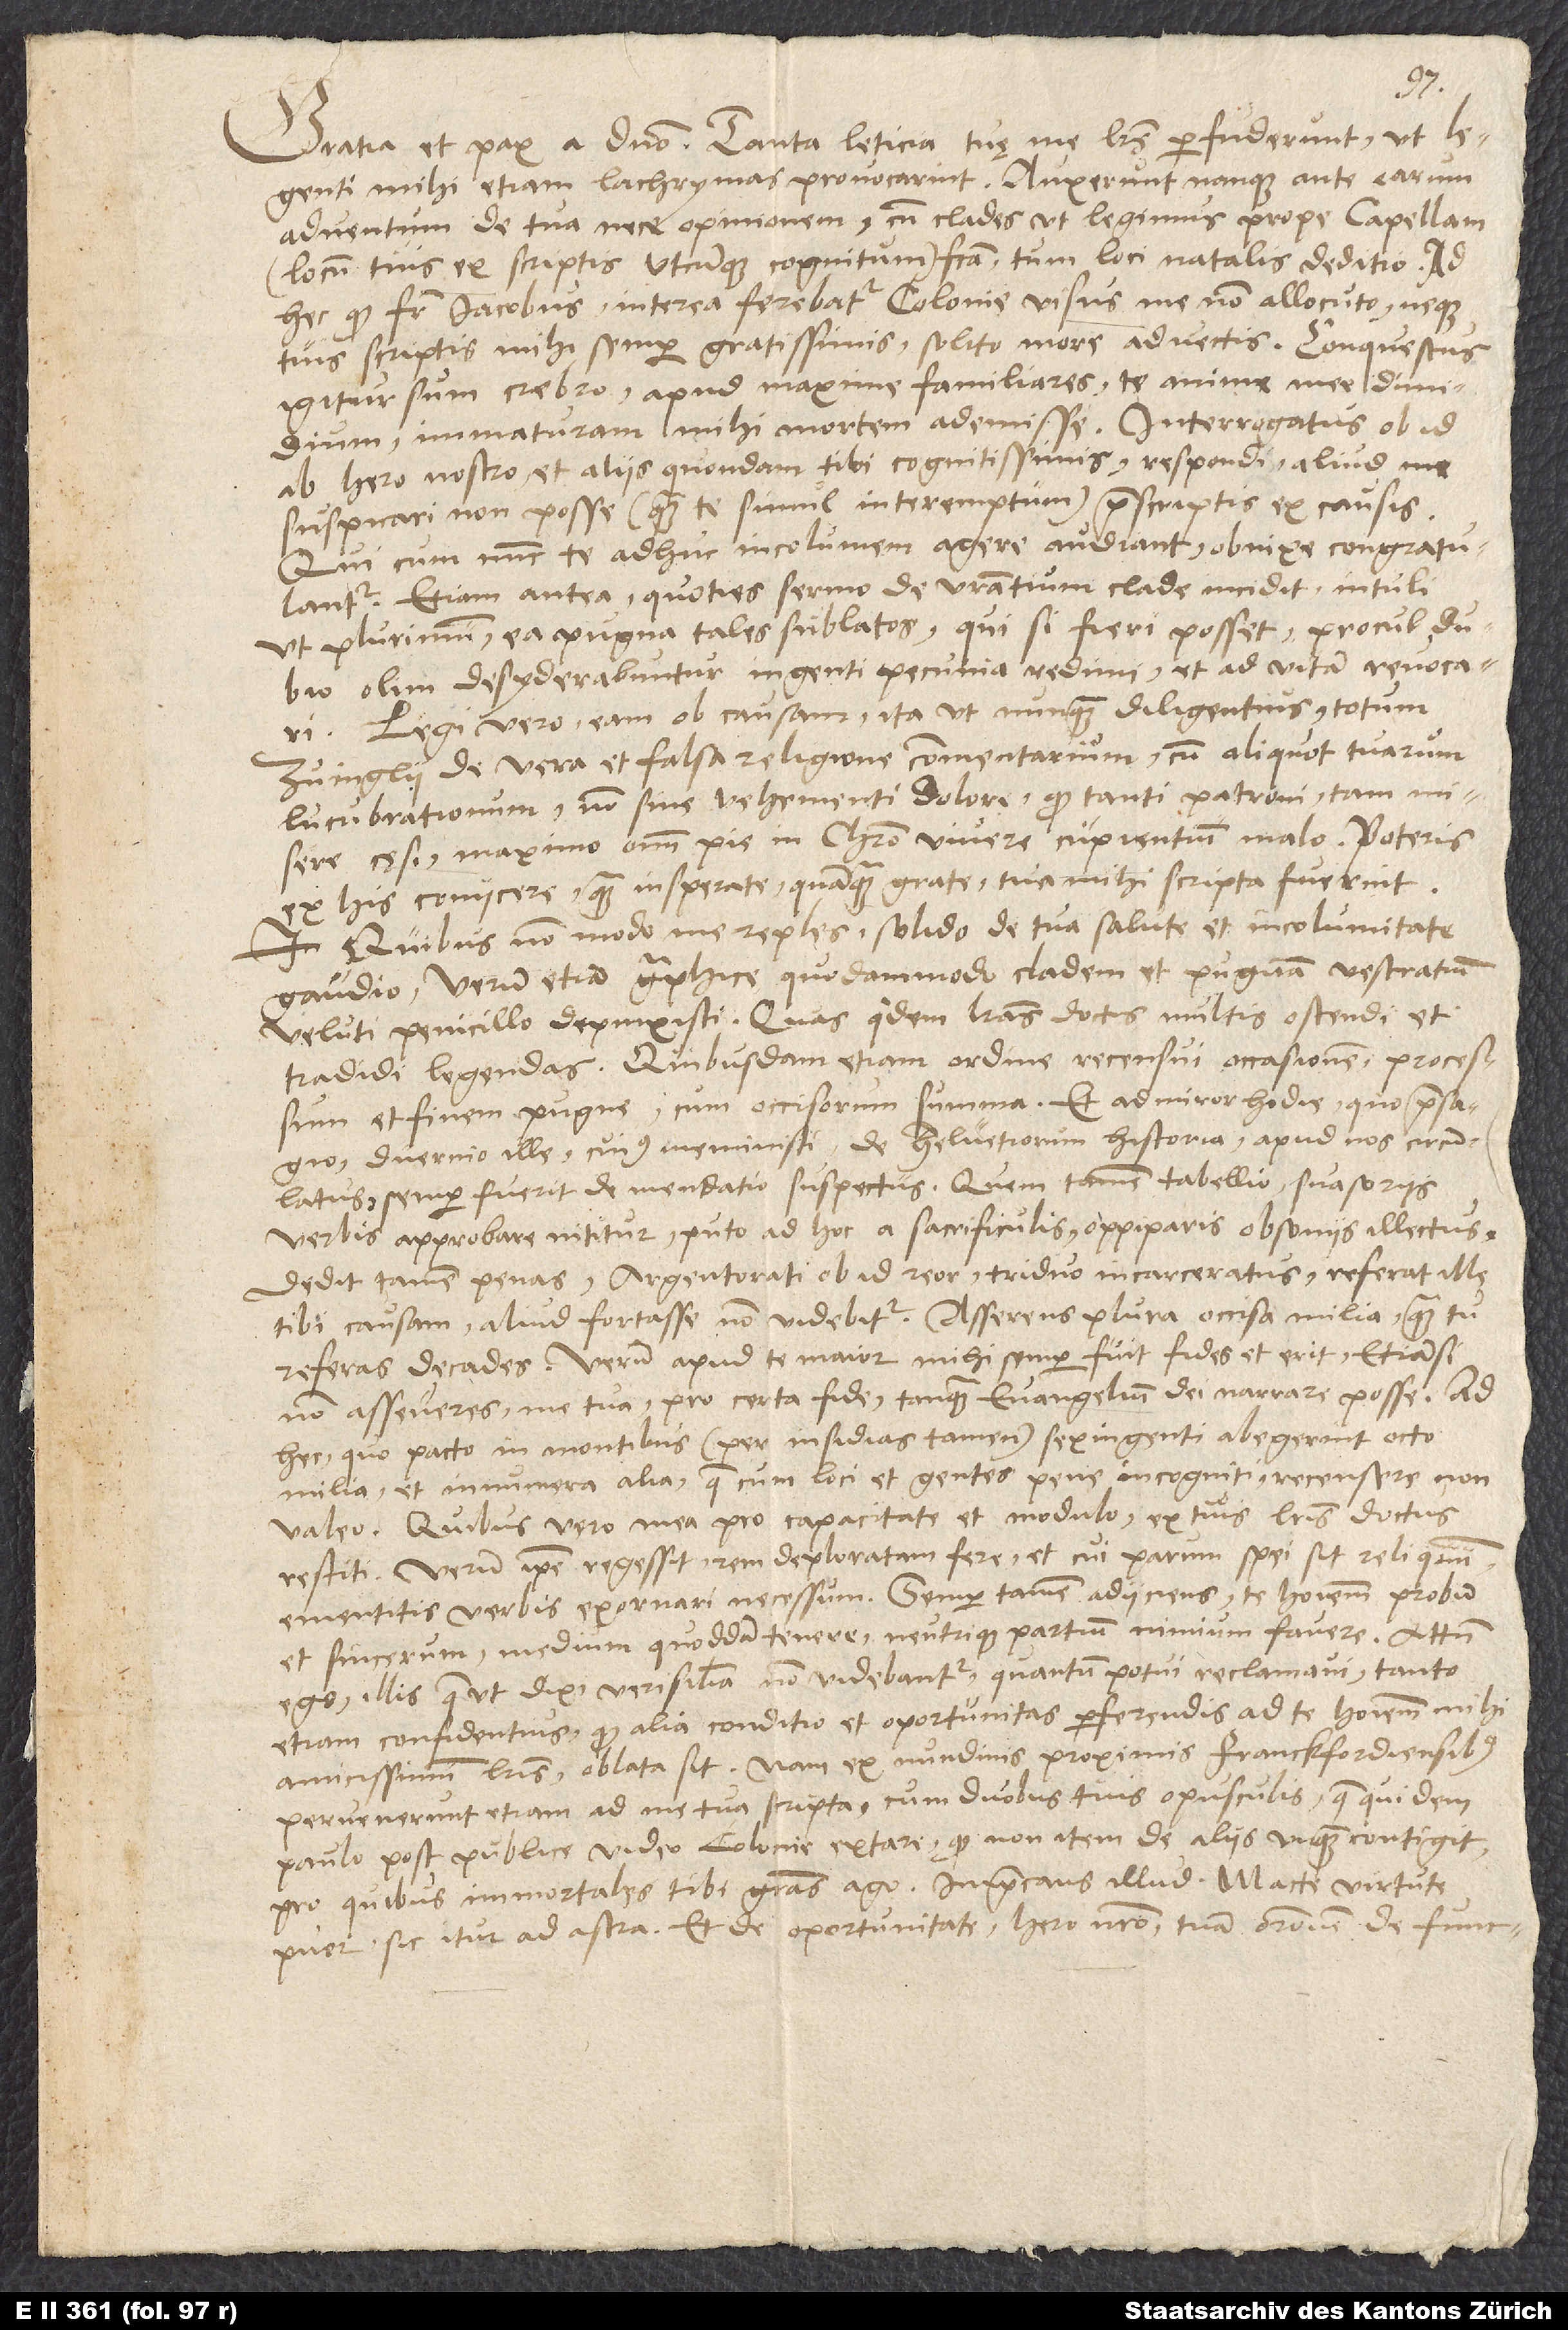
S.
Gratia et pax a domino. Tanta leticia tuę me litterae perfuderunt, ut legenti
mihi etiam lachrymas provocarint. Auxerunt namque ante earum
adventum de tua nece opinionem cum clades, ut legimus, prope Capellam
(locum tuis ex scriptis utcunque cognitum) facta tum loci natalis deditio, ad
hec, quod frater Iacobus interea ferebatur Colonie visus me non allocuto neque
tuis scriptis mihi semper gratissimis solito more advectis. Conquestus
igitur sum crebro apud maxime familiares te anime mee dimidium
immaturam mihi mortem ademisse. Interrogatus ob id
ab hero nostro et aliis quondam tibi cognitissimis respondi aliud me
suspicari non posse, quam te simul interemptum, praescriptis ex causis.
Qui cum nunc te adhuc incolumem agere audiant, obnixe congratulantur.
Etiam antea, quoties sermo de vestratium clade incidit, intuli
ut plurimum ea pugna tales sublatos, qui, si fieri posset, procul dubio
olim desyderabuntur ingenti pecunia redimi et ad vitam revocari.
Legi vero eam ob causam ita ut nunquam diligentius totum
Zuinglii de vera et falsa religione commentarium cum aliquot tuarum
lucubrationum, non sine vehementi dolore, quod tanti patroni tam misere
cęsi maximo omnium pie in Christo vivere cupientium malo. Poteris
ex his coniicere, quam insperate, quamquam grate, tua mihi scripta fuerint.
Quibus non modo me reples solido de tua salute et incolumitate
gaudio, verum etiam graphice quodam modo cladem et pugnam vestratium
veluti penicillo depinxisti. Quas quidem literas doctis multis ostendi et
tradidi legendas. Quibusdam etiam ordine recensui occasionem, processum
et finem pugne cum occisorum summa. Et admiror hodie, quo praesagio
duernio ille, cuius meministi, de Helvetiorum historia apud nos circumlatus
semper fuerit de mendatio suspectus. Quem tamen tabellio suasoriis
verbis approbare nititur, puto, ad hoc a sacrificulis oppiparis obsoniis illectus.
Dedit tamen penas Argentorati ob id, reor, triduo incarceratus. Referat ille
tibi causam. Aliud fortasse non videbitur, asserens plura occisa milia, quam tu
referas decades. Verum apud te maior mihi semper fuit fides et erit, etiamsi
non asseveres me tua pro certa fide tanquam evangelium dei narrare posse. Ad
hec, quo pacto in montibus, per insidias tamen, sexingenti abegerint octo
milia et innumera alia? Quae, cum loci et gentes pene incogniti, recensere non
valeo, quibus vero mea pro capacitate et modulo ex tuis litteris doctus
restiti. Verum ipse regessit rem deploratam fere, et cui parum spei sit reliquum,
ementitis verbis exornari necessum, semper tamen adiiciens te hominem probum
et sincerum medium quoddam tenere neutrique partium nimium favere. Attamen
ego illis, quae, ut dixi, verisimilia non videbantur, quantum potui, reclamavi, tanto
etiam confidentius, quod alia conditio et oportunitas perferendis ad te, hominem mihi
amicissimum, litteris oblata sit. Nam ex nundinis proximis Franckfordiensibus
pervenerunt etiam ad me tua scripta cum duobus tuis opusculis, quae quidem
paulo post publice video Colonie extare, quod non item de aliis unquam contigit.
Pro quibus immortales tibi gratias ago imprecans illud «Macte virtute,
puer, sic itur ad astra». Et de oportunitate hero nostro tuam orationem de functi